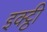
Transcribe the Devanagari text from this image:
इक्ट्ठी